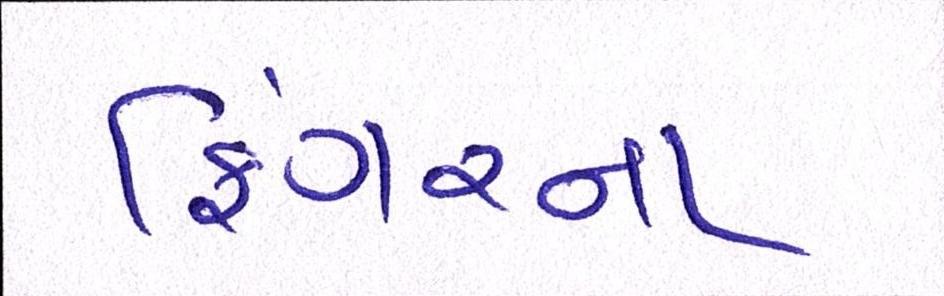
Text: ફિંગરના